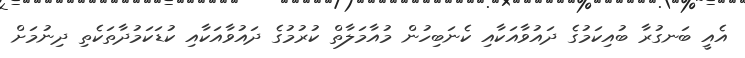
އެއީ ބަނގުރާ ބުއިކަމުގެ ދައުވާއަކާއި ކެނަބިހުން މުއާމަލާތް ކުރުމުގެ ދައުވާއަކާއި ކުޑަކަމުދާތަކެތި ދިނުމަށް